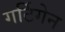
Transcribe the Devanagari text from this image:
गर्टिगेन